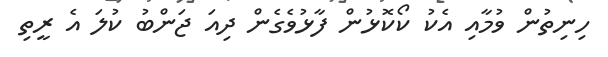
ހިނިތުން ވުމާއި އެކު ކޯކޮޅުން ފާޅުވެގެން ދިއަ ޖަންބު ކުލަ އެ ރީތި